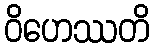
ဝိဟေဿတိ